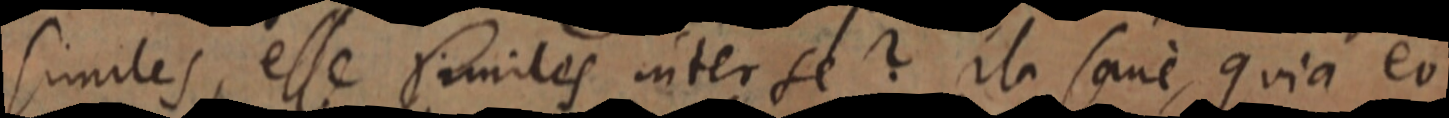
similes, esse similes inter se? ila sane quia eo